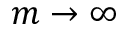
m \to \infty